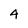
Character: 4